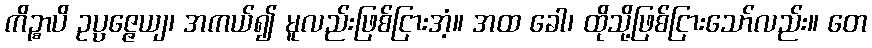
ကိဉ္စာပိ ဥပ္ပဇ္ဇေယျ၊ အကယ်၍ မူလည်းဖြစ်ငြားအံ့။ အထ ခေါ၊ ထိုသို့ဖြစ်ငြားသော်လည်း။ တေ